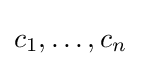
c_{1},\dots ,c_{n}